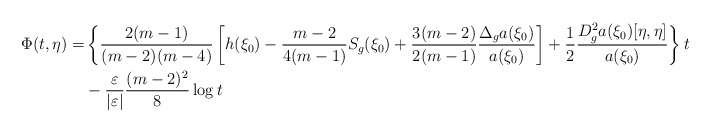
\begin{align*}\Phi(t,\eta)= & \left\{{2(m-1)\over(m-2)(m-4)} \left[ h(\xi_{0}) -\frac{m-2}{4(m-1)}S_{g}(\xi_{0}) +{3 (m-2)\over 2(m-1)}\frac{\Delta_g a(\xi_0)}{ a(\xi_{0})}\right] +{1\over2} \frac{D^2_g a(\xi_0)[\eta,\eta]}{a(\xi_{0})}\right\}t\\ &-{\varepsilon\over|\varepsilon|} {(m-2)^2\over8}\log t\end{align*}